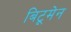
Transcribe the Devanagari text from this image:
बिटूमेन